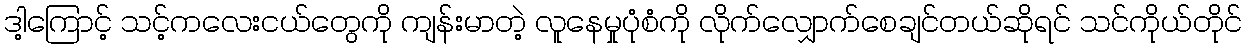
ဒါ့ကြောင့် သင့်ကလေးငယ်တွေကို ကျန်းမာတဲ့ လူနေမှုပုံစံကို လိုက်လျှောက်စေချင်တယ်ဆိုရင် သင်ကိုယ်တိုင်